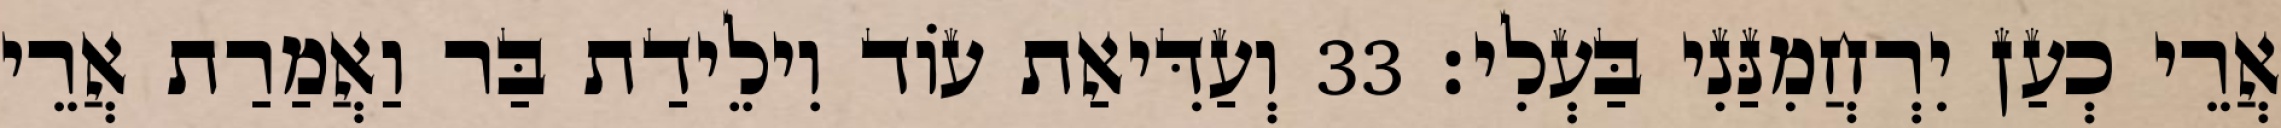
אֲרֵי כְעַן יִרְחֲמִנַּנִי בַּעְלִי׃ 33 וְעַדִּיאַת עוֹד וִילֵידַת בַּר וַאֲמַרַת אֲרֵי